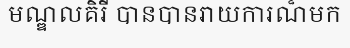
មណ្ឌលគិរី បានបានរាយការណ៏មក